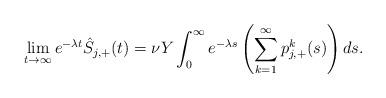
LaTeX: \begin{align*} \lim_{t \to \infty} e^{-\lambda t} \hat{S}_{j,+}(t) = \nu Y \int_0^\infty e^{-\lambda s} \left(\sum_{k=1}^\infty p_{j,+}^k(s)\right) ds.\end{align*}